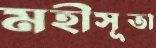
মহীসূতা